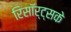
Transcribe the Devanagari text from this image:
रिसॉर्ट्सके